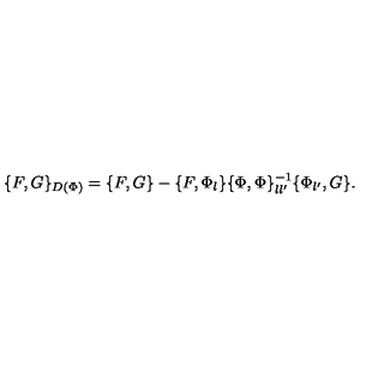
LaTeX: \{ F , G \} _ { D ( \Phi ) } = \{ F , G \} - \{ F , \Phi _ { l } \} \{ \Phi , \Phi \} _ { l l ^ { \prime } } ^ { - 1 } \{ \Phi _ { l ^ { \prime } } , G \} .